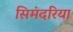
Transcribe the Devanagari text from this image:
सिमंदरिया